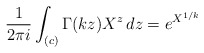
\begin{align*}\frac{1}{2\pi i}\int_{(c)} \Gamma(k z) X^{z} \, dz = e^{X^{1/k}}\end{align*}